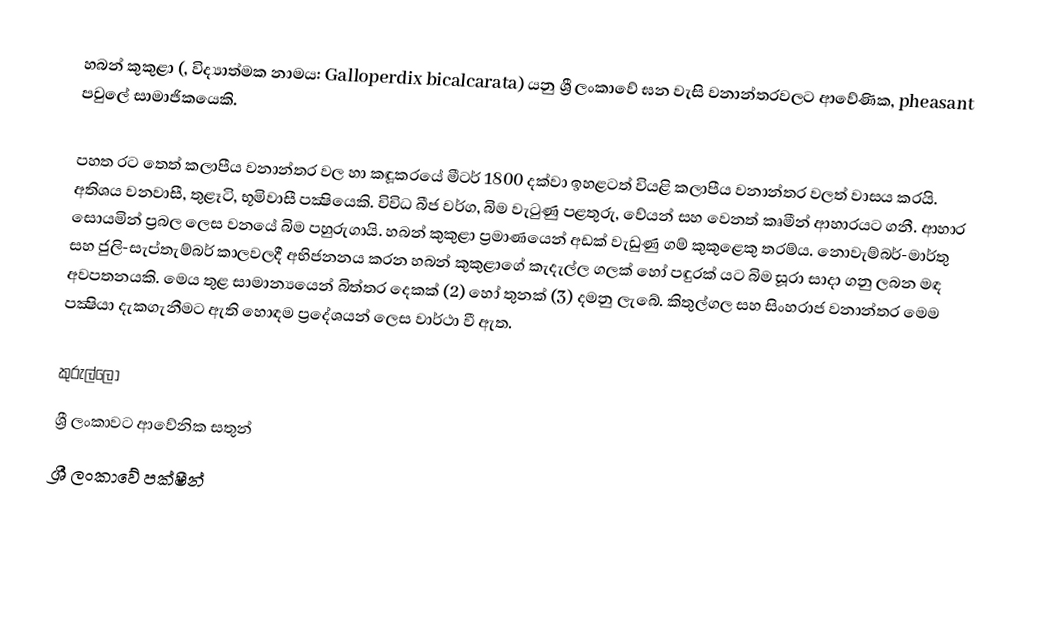
හබන් කුකුළා (, විද්‍යාත්මක නාමය: Galloperdix bicalcarata) යනු ශ්‍රී ලංකාවේ ඝන වැසි වනාන්තරවලට ආවේණික, pheasant පවුලේ සාමාජිකයෙකි.

පහත රට තෙත් කලාපීය ‍වනාන්තර වල හා කඳූකරයේ මීටර් 1800 දක්වා ඉහළටත් වියළි කලාපීය වනාන්තර වලත් වාසය කරයි. අතිශය වනවාසී, තුළෑටි, භූමිවාසී පක්‍ෂියෙකි. විවිධ බීජ වර්ග, බිම වැටුණු පළතුරු, වේයන් සහ වෙනත් කෘමීන් ආහාරයට ගනී. ආහාර සොයමින් ප්‍රබල ලෙස වනයේ බිම පහුරුගායි. හබන් කුකුළා ප්‍රමාණයෙන් අඩක් වැඩුණු ගම් කුකුළෙකු තරම්ය. නොවැම්බර්-මාර්තු සහ ජුලි-සැප්තැම්බර් කාලවලදී අභිජනනය කරන හබන් කුකුළාගේ කැදැල්ල ගලක් හෝ පඳුරක් යට බිම සූරා සාදා ගනු ලබන මඳ අවපතනයකි. මෙය තුළ සාමාන්‍යයෙන් බිත්තර දෙකක් (2) හෝ තුනක් (3) දමනු ලැබේ. කිතුල්ගල සහ සිංහරාජ වනාන්තර මෙ‍ම පක්‍ෂියා දැකගැනීමට ඇති හොඳම ප්‍රදේශයන් ලෙස වාර්ථා වී ඇත.

කුරුල්ලෝ
ශ්‍රී ලංකා‍වට ආවේනික සතුන්
ශ්‍රී ලංකා‍වේ පක්ෂීන්